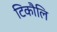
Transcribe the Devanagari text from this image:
टिकौलि